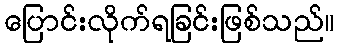
ပြောင်းလိုက်ရခြင်းဖြစ်သည်။